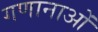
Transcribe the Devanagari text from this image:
गणानाओं